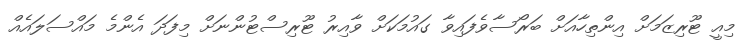
މިއީ ޓޫރިޒަމަށް އިންތިހާއަށް ބަރޯސާވެފައިވާ ގައުމަކަށް ވާއިރު ޓޫރިސްޓުންނަށް މިފަދަ އެންމެ މައްސަލައެއް